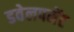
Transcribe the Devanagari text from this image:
डवेलपमेंट